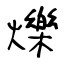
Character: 爍